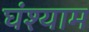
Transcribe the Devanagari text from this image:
घंश्याम